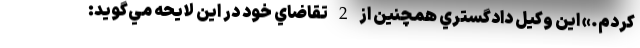
كردم.» اين وكيل دادگستري همچنين از 2 تقاضاي خود در اين لايحه مي‌گويد: